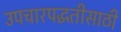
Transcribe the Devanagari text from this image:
उपचारपद्धतीसाठी